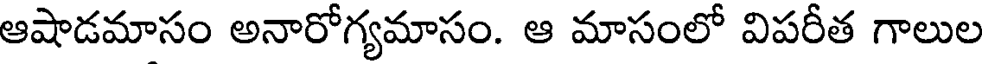
ఆషాడమాసం అనారోగ్యమాసం. ఆ మాసంలో విపరీత గాలుల